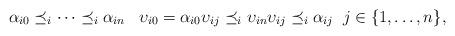
LaTeX: \begin{align*}~ \alpha_{i0} \preceq_i \cdots \preceq_i \alpha_{in}\; \;\; \upsilon_{i0} = \alpha_{i0} \upsilon_{ij} \preceq_i \upsilon_{in} \upsilon_{ij} \preceq_i \alpha_{ij} \; \; j \in \{1, \ldots, n\},\end{align*}